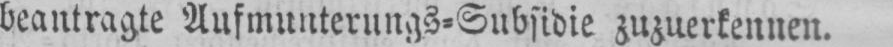
beantragte Aufmunterungs⸗Subsidie zuzuerkennen.